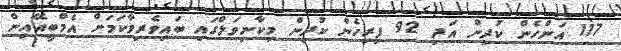
117 އަންހެން ކުދިން އަދި 92 ފިރިހެން ކުދިން މިކާނިވަލްގައި ބައިވެރިވާކަމަށް އެމްބީއޭއިން